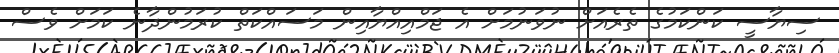
ސިޔާސީ ކަންކަމުގެ ތެރެއަށް ނުވަނުމަށް އެ ޖަމްއިއްޔާއިން މަސައްކަތް ކުރަމުންދާނެ ކަމަށް ވެސް